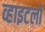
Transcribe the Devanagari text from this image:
व्हाइटलॉ